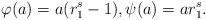
LaTeX: \begin{gather*}\varphi(a) = a (r_1^s - 1), \psi(a)= a r_1^s.\end{gather*}